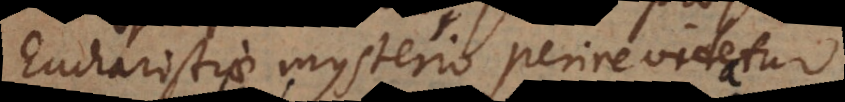
Eucharistiae mysterio perire videtur